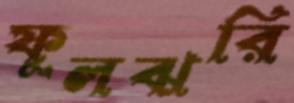
ফুলঝরি